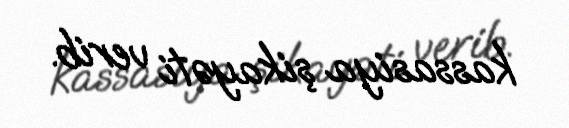
kassasiya şikayəti verib.